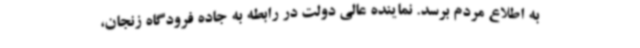
به اطلاع مردم برسد. نماینده عالی دولت در رابطه به جاده فرودگاه زنجان،